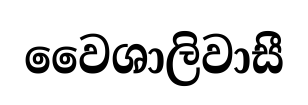
වෛශාලිවාසී